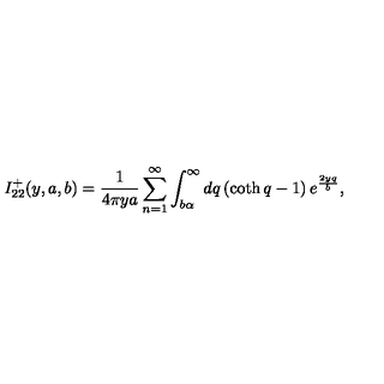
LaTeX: I _ { 2 2 } ^ { + } ( y , a , b ) = \frac { 1 } { 4 \pi y a } \sum _ { n = 1 } ^ { \infty } \int _ { b \alpha } ^ { \infty } d q \left( \coth q - 1 \right) e ^ { \frac { 2 y q } { b } } ,